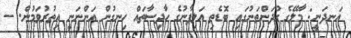
އަނދަނީ: މާލޭގެ ގުދަންތަނުގައި ބޮޑެތި އަލިފާނުގެ ހާދިސާތައް ހިނގުން އަންނަނީ އިތުރުވަމުން. --